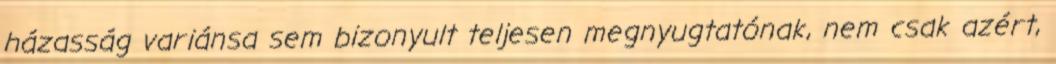
házasság variánsa sem bizonyult teljesen megnyugtatónak, nem csak azért,